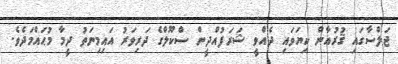
ޖަލްސާގައި ޤުރުއާން ކިޔަވައި ދެއްވީ ޝަރަފުއްދީން ސްކޫލްގެ ދަރިވަރު އައިމިނަތު ދީމާ މުޙައްމަދެވެ.